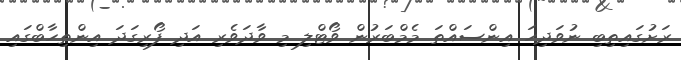
ރަށުގައިތިބި ނުވަދިހަ އިންސައްތަ މެމްބަރުން ވޯޓްލި މި ވާދަވެރި އަދި ފޯރިގަދަ އިންތިހާބްގައި